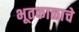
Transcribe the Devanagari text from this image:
भूतकाळाचे